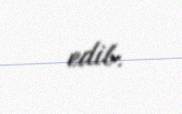
edib.